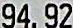
94.92